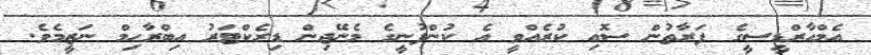
އެމްއާރްޑީސީގެ ފަރާތުން ސޮއި ކުރެއްވީ އެ ކުންފުނީގެ މެނޭޖިން ޑިރެކްޓަރު އިބްރާހިމް ނަޒީމެވެ.